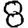
Digit: 8